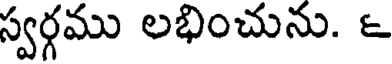
స్వర్గము లభించును. ౬